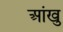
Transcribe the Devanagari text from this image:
आंखु